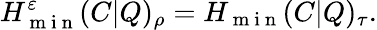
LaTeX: H_{\mathrm{~m~i~n~}}^{\varepsilon}(C|Q)_{\rho}=H_{\mathrm{~m~i~n~}}(C|Q)_{\tau}.